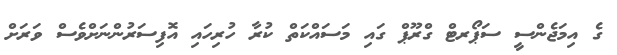
ގެ އިމަޖެންސީ ސަޕޯރޓް ގްރޫޕް ގައި މަސައްކަތް ކުރާ ހުރިހައި އޮފިސަރުންނަށްވެސް ވަރަށް